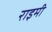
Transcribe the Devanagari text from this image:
राइमी